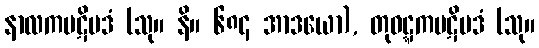
နာလကပဋိပဒံ (သု။ နိ။ ၆၈၄ အာဒယော), တုဝဋ္ဋကပဋိပဒံ (သု။